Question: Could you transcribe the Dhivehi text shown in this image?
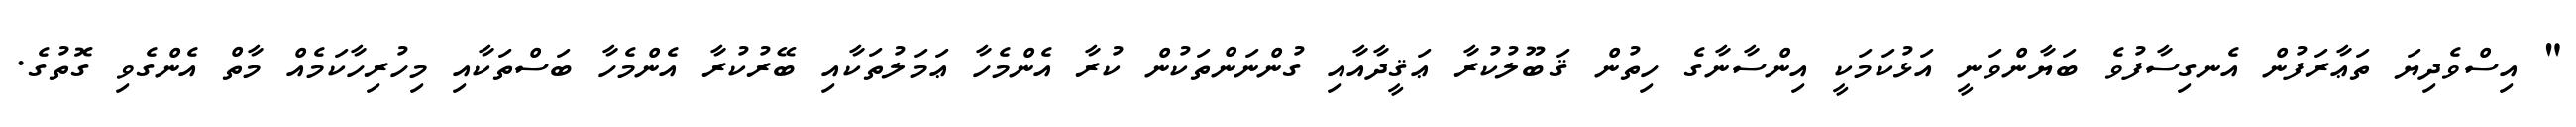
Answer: " އިސްވެދިޔަ ތަޢާރަފުން އެނގިސާފުވެ ބަޔާންވަނީ އަޅުކަމަކީ އިންސާނާގެ ހިތުން ޤަބޫލުކުރާ ޢަޤީދާއާއި ގުންނަންތަކުން ކުރާ އެންމެހާ ޢަމަލުތަކާއި ބޭރުކުރާ އެންމެހާ ބަސްތަކާއި މިހުރިހާކަމެއް މާތް އެންގެވި ގޮތުގެ.